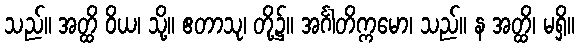
သည်။ အတ္ထိ ဝိယ၊ သို့။ ဧတာသု၊ တို့၌။ အင်္ဂါတိက္ကမော၊ သည်။ န အတ္ထိ၊ မရှိ။